Source: Handwritten
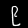
Digit: ၉ (9)